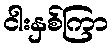
ငါးနှစ်ကြာ